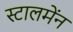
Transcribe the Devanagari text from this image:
स्टालमेंन